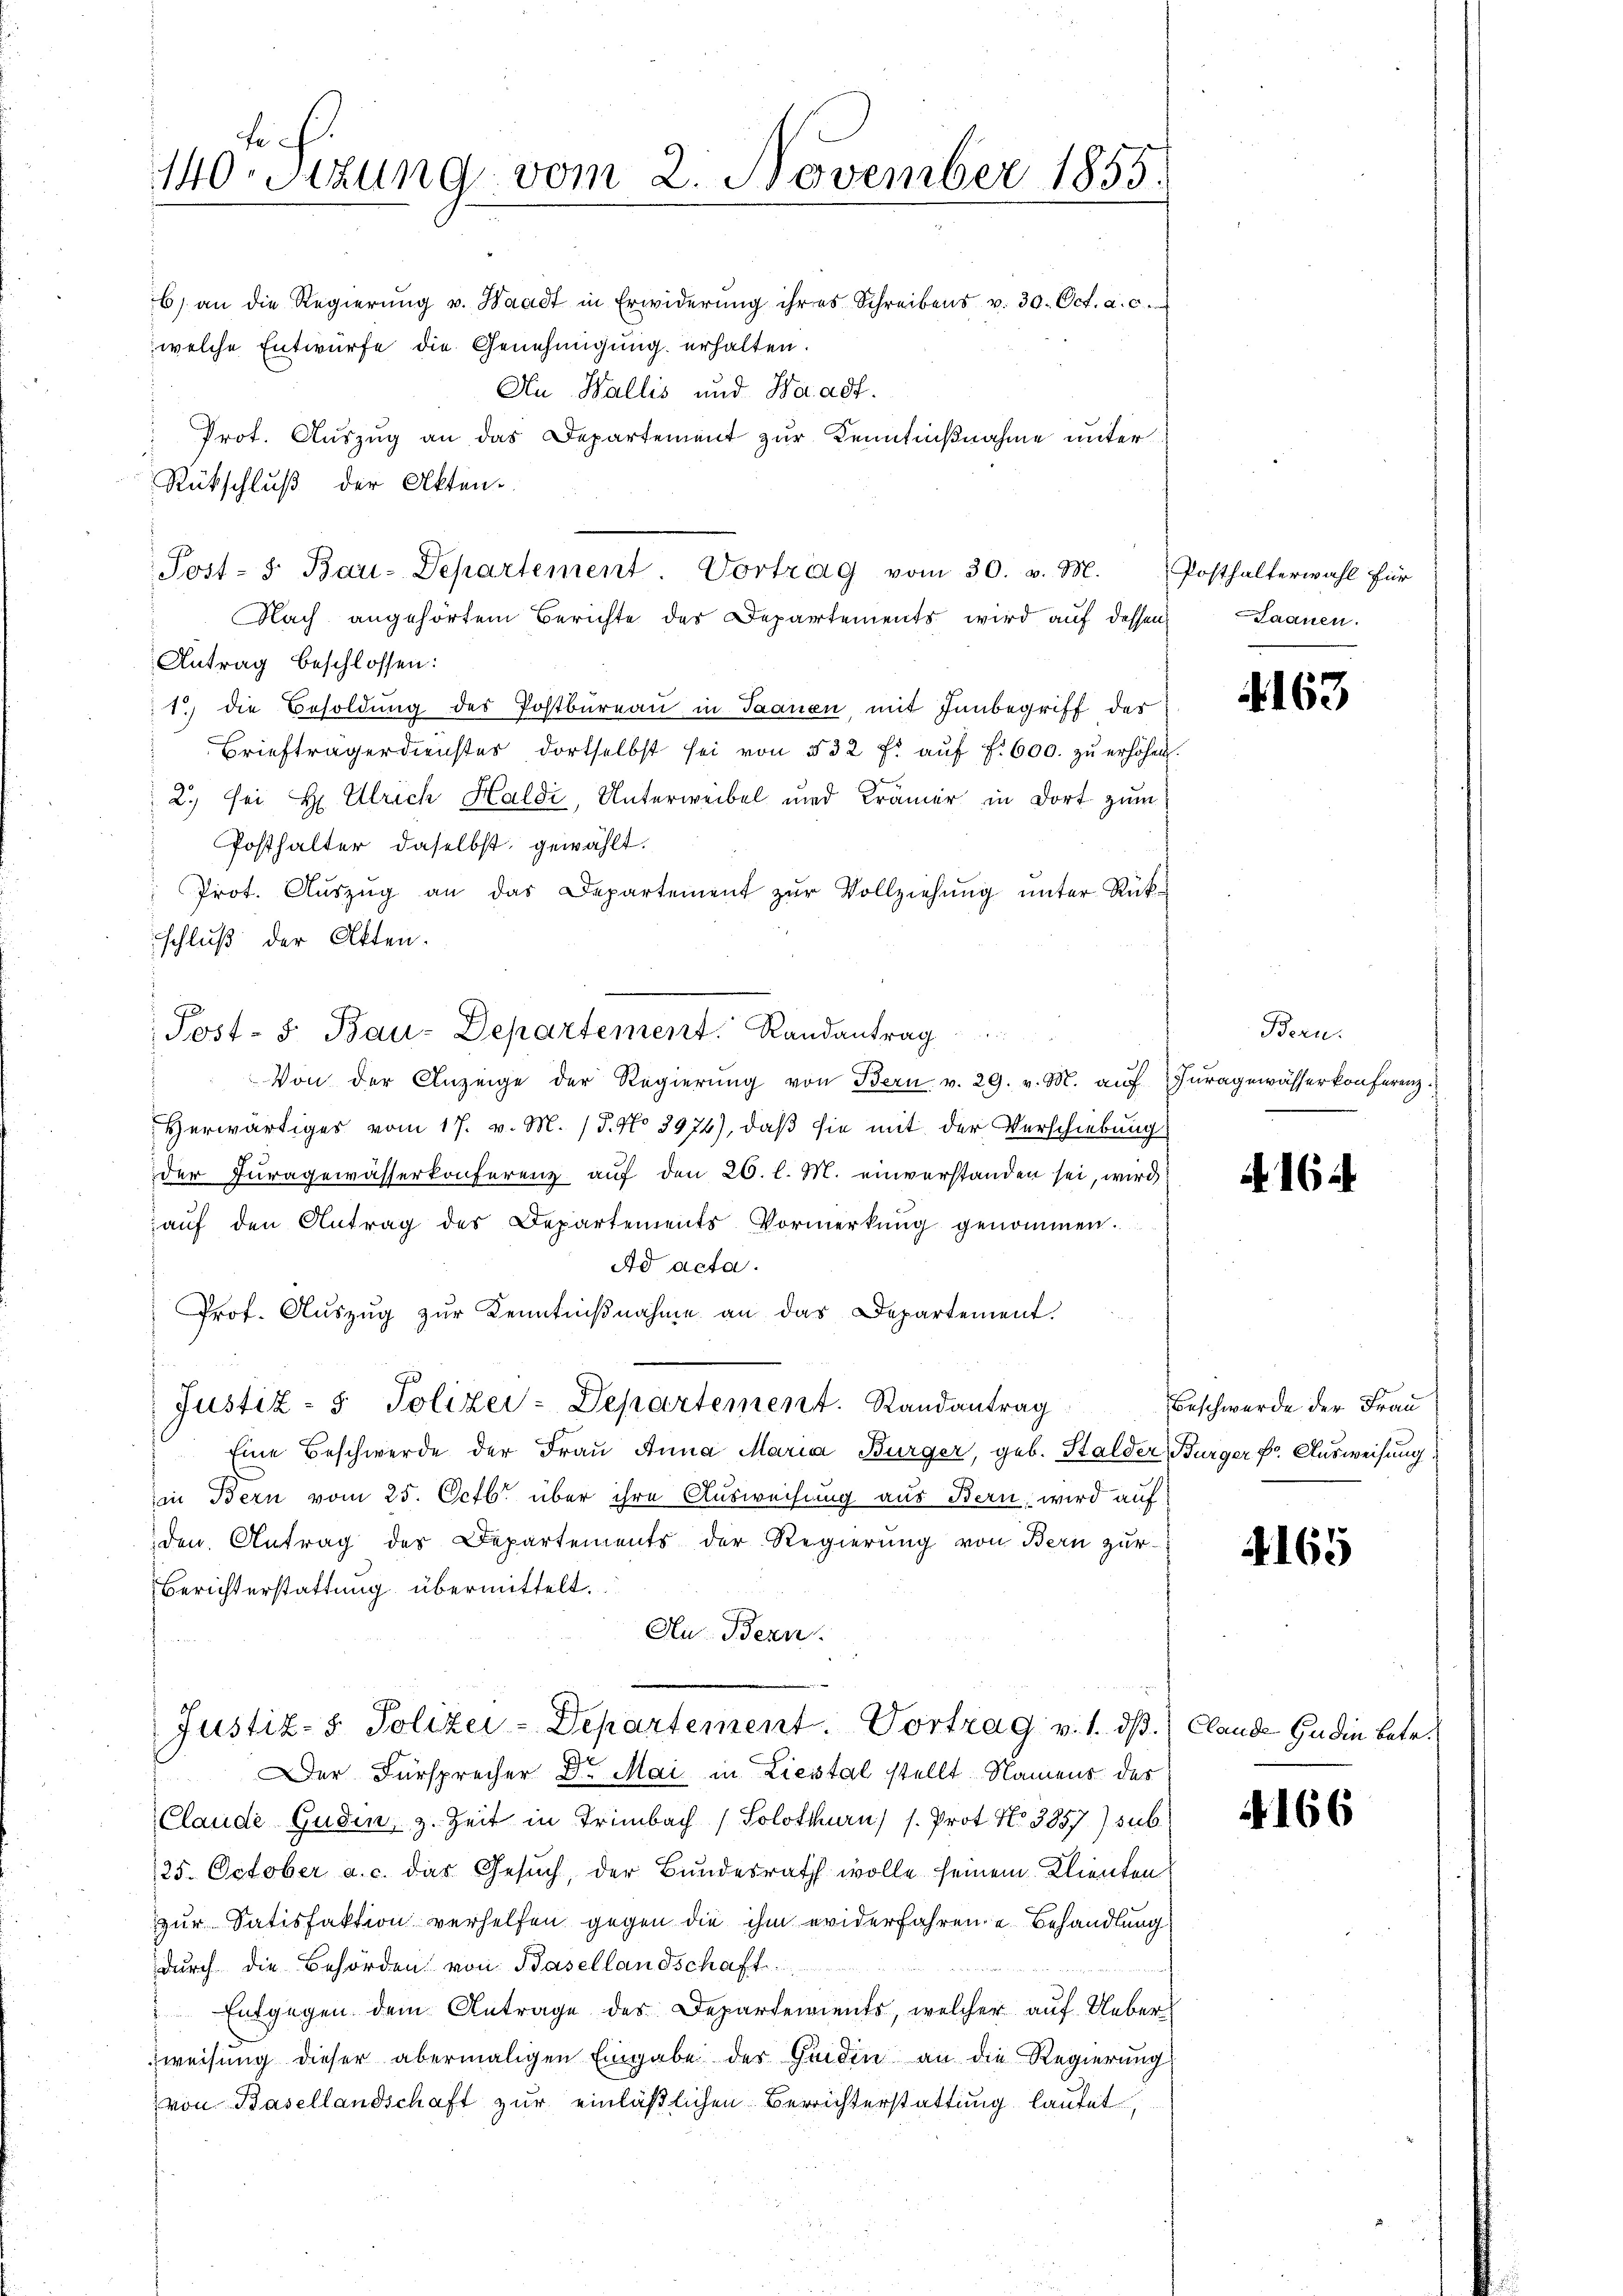
6) an die Regierŭng u. Waadt in Erwiderŭng ihres Schreibens v. 30. Oct. a. c.
welche Entwurfe die Genehmigung erhalten.
An Wallis und Haadf.
Prot. Auszug an das Departement zur Kenntnißnahme unter
Antrag beschlossen:
1) die Besoldung des Postbureau in Saanen, mit Janbegriff des
Briefträgerdienster dortselbst sei von 532 f. aŭf f. 600. zŭ erhöhen,
2.) Sei H. Ulrich Haldi, Unterweibel und Krämer in dort zum
Posthalter daselbst, gewählt.
Prot. Aŭszŭg an das Departement zur Vollziehung unter Rükschluß der Atten.
Post- S. Bau-Departement. Randantrag
Von der Anzeige der Regierŭng von Bern. v. 29. v. M. aŭf
Herwärtiges vom 17. v. M. / 5. No 3974), daß sie mit der Verschiebung
der Juragewässerkonferenz auf den 26. l. M. einverstanden sei, wird
aŭf den Antrag des Departements Vormerkŭng genommen.
Ad acta.
Prof. Aŭszŭg zŭr Kenntniβnahme an das Departement.
Justiz- & Polizei-Departement. Randantrag
Eine Beschwerde der Frau Anna Maria Bürger, geb. Halder Bürger k. Ausweisung
in Bern vom 25. Octbr. über ihre Ausweisung aus Bern, wird auf
den Antrag des Departements der Regierung von Bern zur
Berichterstattung übermittelt.

tich
140. Sitzung vom 2. November 1855.

Rückschluß der Akten.
Post- 5. Bau-Departement. Vortrag vom 30. v. M.
Nach angehörtem Berichte des Departements wird aŭf dessen Saanen.

Justiz- & Polizei-Departement. Vortrag v. 1. dß. Claude zu die betr.

Posthalterwahl für

.

Der Fürsprecher Dr. Mai in Liestal stellt Namens des
Claude Gudin, z. Zeit in Trimbach Solothurn) s. Prot. No 3857. sub
125. October a. c. das Gesuch, der Bundesrath wolle seinem Klienten
zur Satisfaktion verhelfen gegen die ihm widerfahrende Behandlung
durch die Behörden von Basellandschaft.
Entgegen dem Antrage des Departements, welcher auf Ueberweisung dieser abermaligen Eingabe der Gindin an die Regierung
von Basellandschaft zur einläßlichen Berichterstattung lautet

4163

Bern.
Furagewässer konferenz.

.

d

16

Beschwerde der Frau

4165

N 166